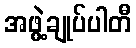
အဖွဲ့ချုပ်ပါတီ